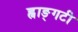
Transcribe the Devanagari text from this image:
ह्वाङ्‌गटी